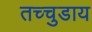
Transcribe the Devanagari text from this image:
तच्चुडाय